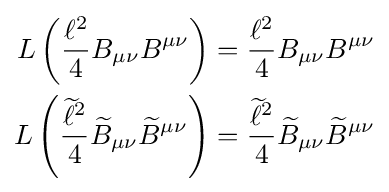
{\begin{aligned}L\left({\frac {\ell ^{2}}{4}}B_{\mu \nu }B^{\mu \nu }\right)&={\frac {\ell ^{2}}{4}}B_{\mu \nu }B^{\mu \nu }\\L\left({\frac {{\widetilde {\ell }}^{2}}{4}}{\widetilde {B}}_{\mu \nu }{\widetilde {B}}^{\mu \nu }\right)&={\frac {{\widetilde {\ell }}^{2}}{4}}{\widetilde {B}}_{\mu \nu }{\widetilde {B}}^{\mu \nu }\end{aligned}}